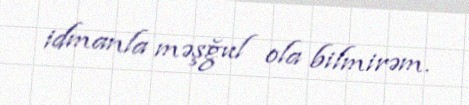
idmanla məşğul ola bilmirəm.